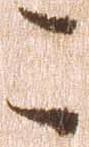
こ